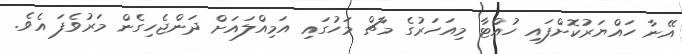
އޭނާ ހައްޔަރުކޮށްފައި ހުއްޓާ މިއަހަރުގެ މާޗް މަހުގައި އަމިއްލައަށް ދަންޖެހިގެން މަރުވެފަ އެވެ.